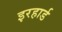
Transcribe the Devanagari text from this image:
इरहार्ड